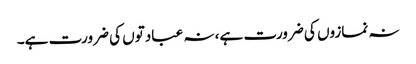
نہ نمازوں کی ضرورت ہے، نہ عبادتوں کی ضرورت ہے۔